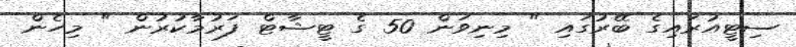
ސިޓީއުރައިގެ ބޭރުގައި " މިނިވަން 50 ގެ ޓީޝާޓް ފަރުމާކުރުން " މިހެން